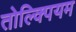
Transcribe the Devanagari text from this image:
तोल्क्पियम